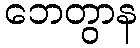
ဘေတွာန